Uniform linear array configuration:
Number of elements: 48
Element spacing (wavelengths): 0.5
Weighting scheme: blackman
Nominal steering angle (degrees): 60
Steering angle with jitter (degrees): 61.549
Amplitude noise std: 0.05
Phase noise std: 0.05

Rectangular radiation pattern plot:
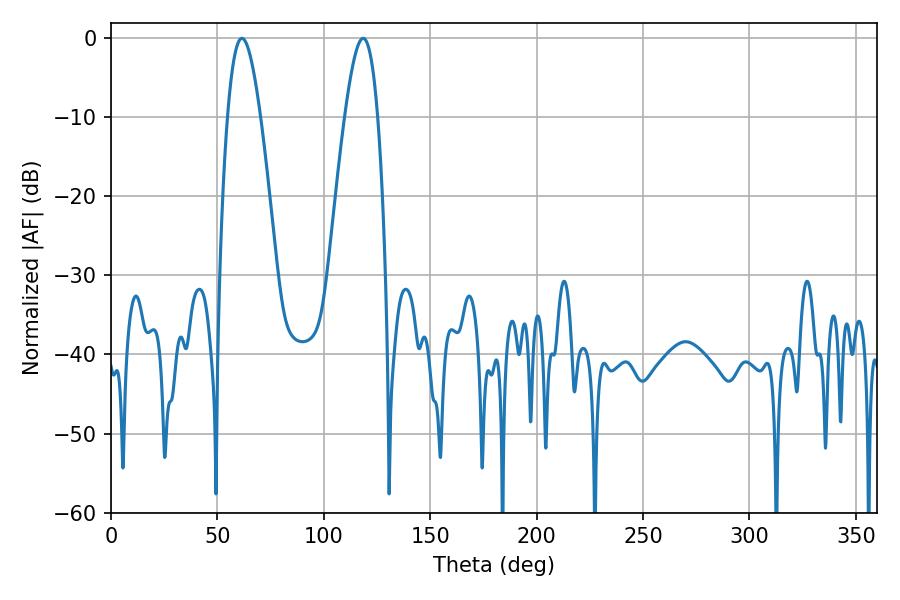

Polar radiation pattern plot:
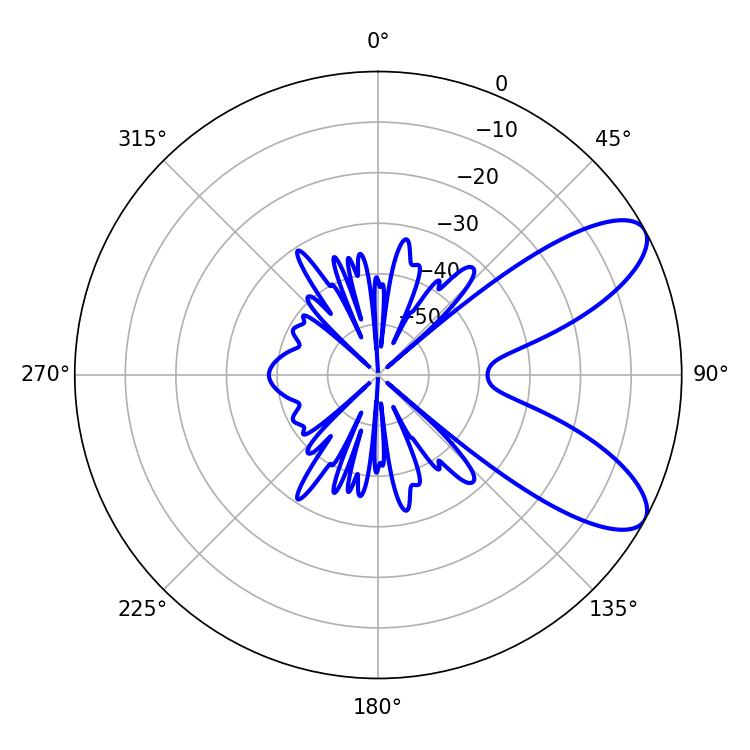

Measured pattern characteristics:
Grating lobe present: FALSE
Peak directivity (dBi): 8.526
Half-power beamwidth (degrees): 8.46
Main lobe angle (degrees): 61.56